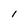
Character: l